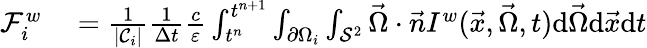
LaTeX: \begin{array}{rl}{\mathcal{F}_{i}^{w}}&{{}=\frac{1}{|\mathcal{C}_{i}|}\frac{1}{\Delta t}\frac{c}{\varepsilon}\int_{t^{n}}^{t^{n+1}}\int_{\partial\Omega_{i}}\int_{\mathcal{S}^{2}}\vec{\Omega}\cdot\vec{n}I^{w}(\vec{x},\vec{\Omega},t)\mathrm{d}\vec{\Omega}\mathrm{d}\vec{x}\mathrm{d}t}\end{array}